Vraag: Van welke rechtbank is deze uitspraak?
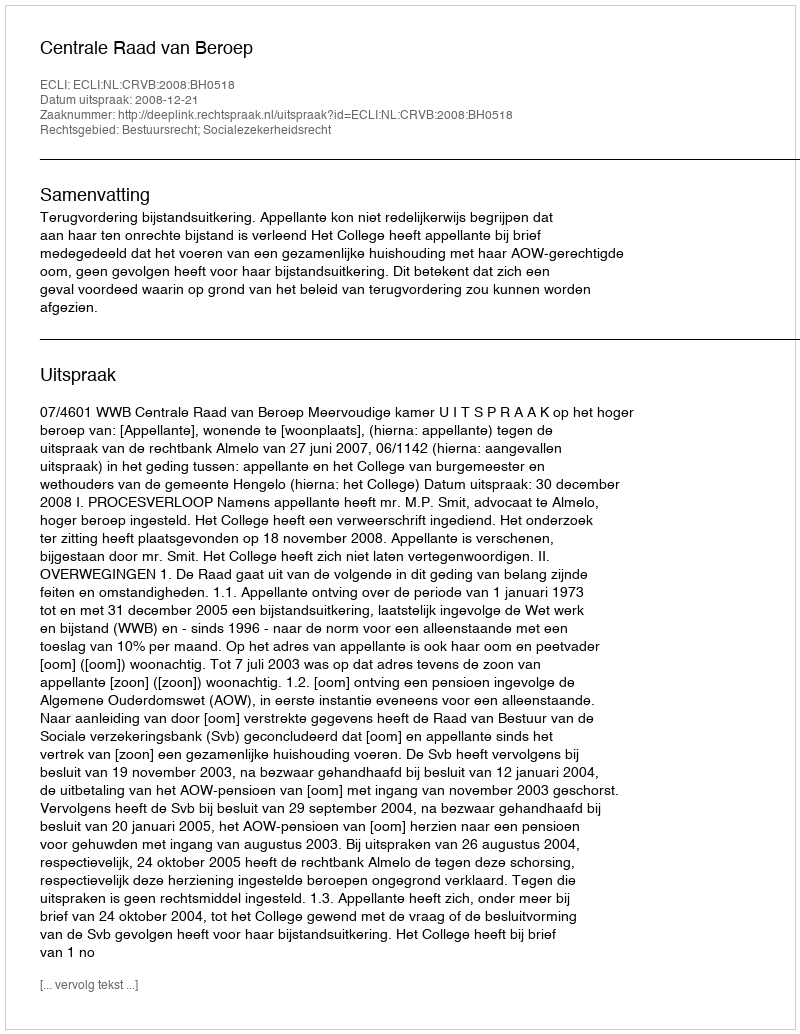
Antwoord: Centrale Raad van Beroep